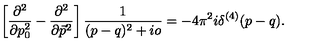
\left[ \frac { \partial ^ { 2 } } { \partial p _ { 0 } ^ { 2 } } - \frac { \partial ^ { 2 } } { \partial \vec { p } ^ { 2 } } \right] \frac { 1 } { ( p - q ) ^ { 2 } + i o } = - 4 \pi ^ { 2 } i \delta ^ { ( 4 ) } ( p - q ) .